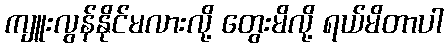
ကျူးလွန်နိုင်မလားလို့ တွေးမိလို့ ရယ်မိတာပါ